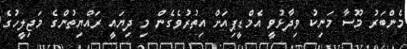
މެންބަރު މޫސާ މަނިކު ވިދާޅުވީ އެމްޑީޕިއަށް އިތުރުވެގެން މި ދިޔައީ ރައްޔިތުންގެ މަޖިލީހުގެ